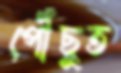
পৌঁছুত